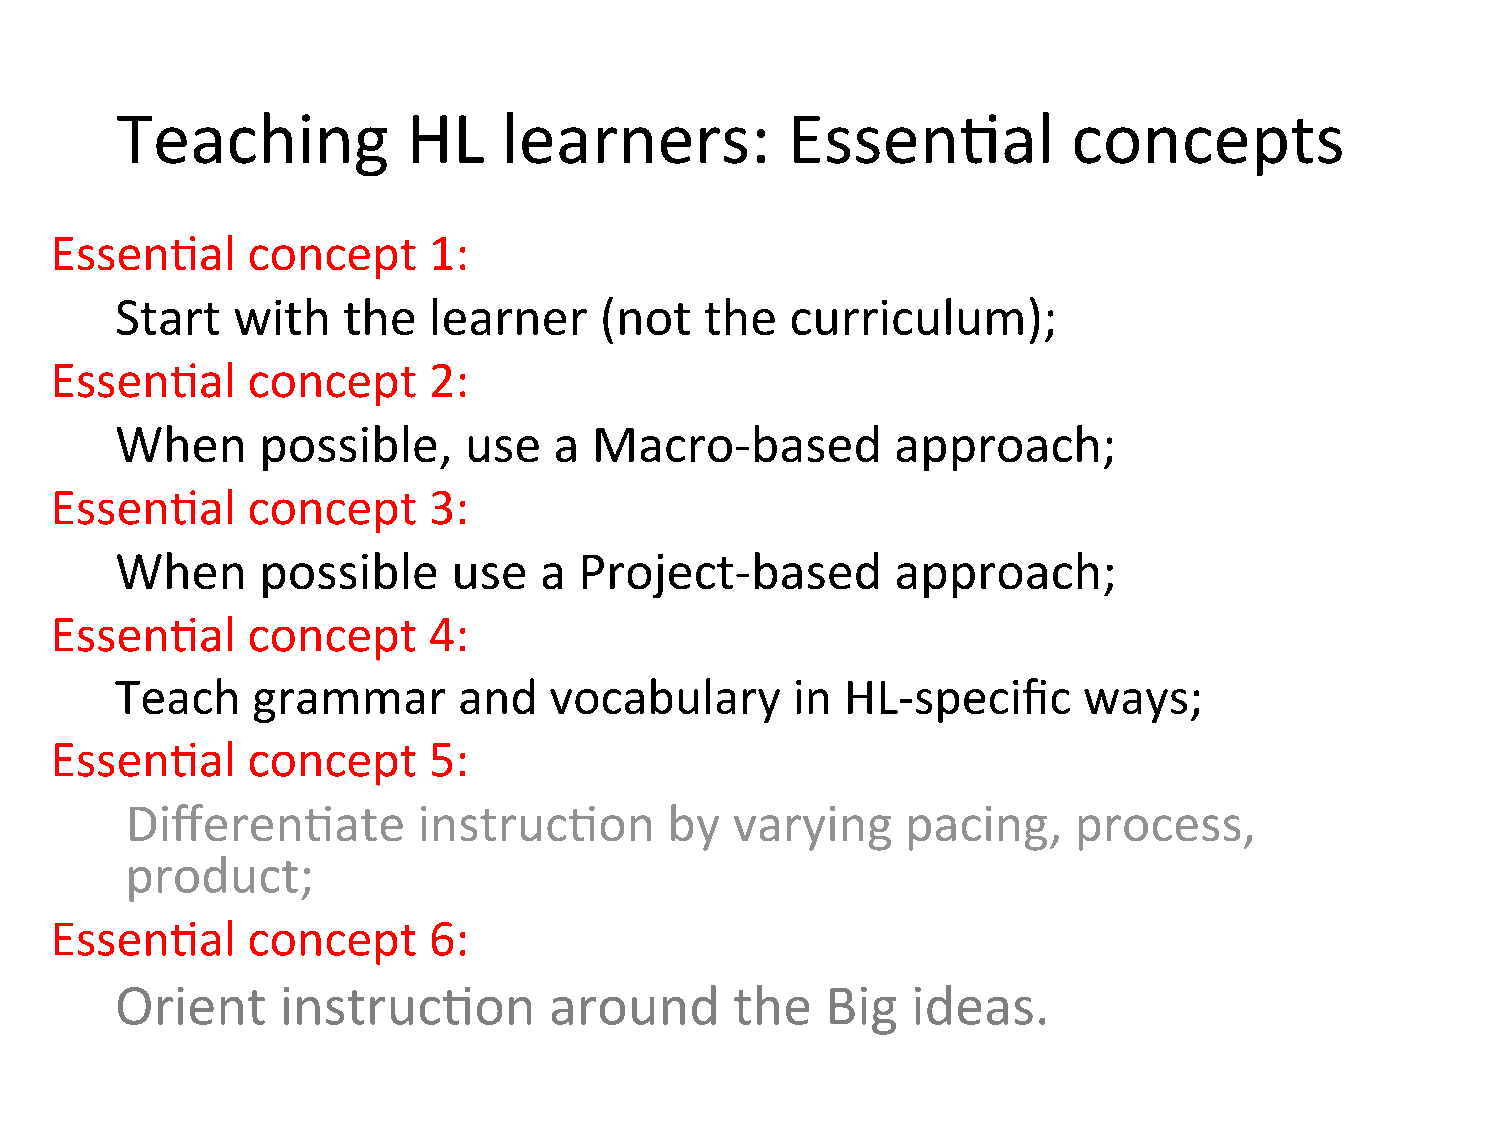
Teaching           HL    learners:          Essen=al           concepts
 Essen=al     concept     1:
 Start  with    the  learner     (not   the  curriculum);
 Essen=al     concept     2:
 When     possible,     use   a Macro-­‐based       approach;
 Essen=al     concept     3:
 When     possible     use   a Project-­‐based      approach;
 Essen=al     concept     4:
 Teach    grammar      and   vocabulary      in  HL-­‐specific   ways;
 Essen=al     concept     5:
 Differen=ate        instruc=on      by   varying    pacing,    process,
 product;
 Essen=al     concept     6:
 Orient     instruc=on       around       the   Big  ideas.